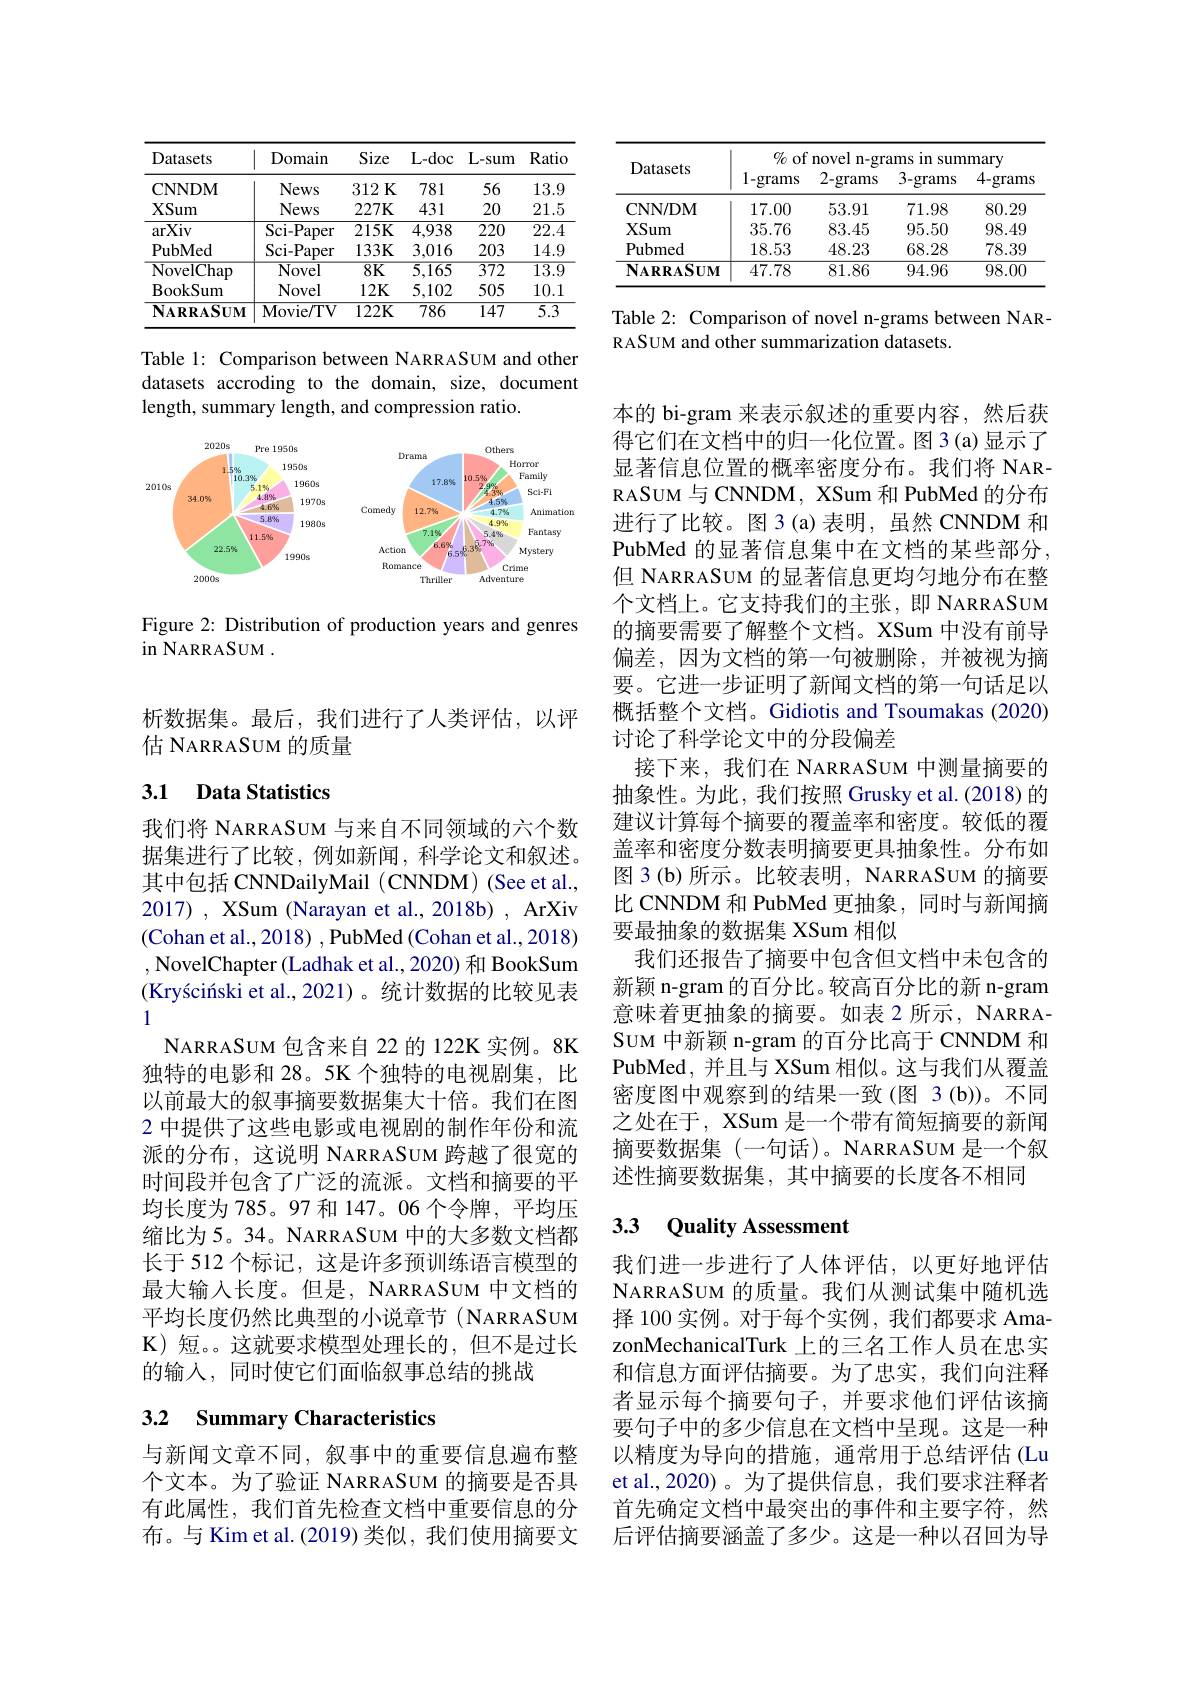
<table>
	<tbody>
		<tr>
			<th>Datasets</th>
			<th>Domain</th>
			<th>Size</th>
			<th>$L-doc$</th>
			<th>$L-sum$</th>
			<th>Ratio</th>
		</tr>
		<tr>
			<td>CNNDM</td>
			<td>News</td>
			<td>$312\textbf{K}$</td>
			<td>781</td>
			<td>56</td>
			<td>13.9</td>
		</tr>
		<tr>
			<td>XSum</td>
			<td>News</td>
			<td>$227K$</td>
			<td>431</td>
			<td>20</td>
			<td>21.5</td>
		</tr>
		<tr>
			<td>arXiv</td>
			<td>Sci- Paper</td>
			<td>$215K$</td>
			<td>4,938</td>
			<td>220</td>
			<td>$\overline{22.4}$</td>
		</tr>
		<tr>
			<td>PubMed</td>
			<td>Sci- Paper</td>
			<td>$133K$</td>
			<td>3,016</td>
			<td>203</td>
			<td>14.9</td>
		</tr>
		<tr>
			<td>$\overline{\mathrm{NovelChap}}$</td>
			<td>$\overline{\mathrm{Novel}}$</td>
			<td>$\overline{8K}$</td>
			<td>$\overline{5,165}$</td>
			<td>$\overline{372}$</td>
			<td>$\overline{13.9}$</td>
		</tr>
		<tr>
			<td>BookSum</td>
			<td>Novel</td>
			<td>$12K$</td>
			<td>5,102</td>
			<td>505</td>
			<td>10.1</td>
		</tr>
		<tr>
			<td>$\mathbf{NARRASUM}$</td>
			<td>$\mathbf{Movie/TV}$</td>
			<td>$122K$</td>
			<td>786</td>
			<td>147</td>
			<td>$\overline{5.3}$</td>
		</tr>
	</tbody>
</table>

Table 1: Comparison between NARRASUM and other datasets accroding to the domain, size, document length, summary length, and compression ratio.

<FigureHere>

Figure 2: Distribution of production years and genres
$\operatorname{in}$NARRASUM.

析数据集。最后，我们进行了人类评估，以评
估 NARRASUM 的质量

# 3.1 Data Statistics

我们将 NARRASUM 与来自不同领域的六个数据集进行了比较，例如新闻，科学论文和叙述。其中包括 CNNDailyMail (CNNDM) (See et al., 2017), XSum (Narayan et al., 2018b) , ArXiv (Cohan et al., 2018) , PubMed (Cohan et al., 2018) ,NovelChapter(Ladhak et al.,2020) 和 BookSum (Kryściński et al., 2021)。统计数据的比较见表1
NARRASUM 包含来自 22 的 122K 实例。8K 独特的电影和 28。5K 个独特的电视剧集，比以前最大的叙事摘要数据集大十倍。我们在图2 中提供了这些电影或电视剧的制作年份和流派的分布，这说明 NARRASUM 跨越了很宽的时间段并包含了广泛的流派。文档和摘要的平均长度为 785。97 和 147。06 个令牌，平均压缩比为5。34。NARRASUM 中的大多数文档都长于 512 个标记，这是许多预训练语言模型的最大输入长度。但是，NARRASUM 中文档的平均长度仍然比典型的小说章节 (NARRASUM $\mathbf{K})$短。。这就要求模型处理长的，但不是过长的输入，同时使它们面临叙事总结的挑战

# 3.2 Summary Characteristics

与新闻文章不同，叙事中的重要信息遍布整个文本。为了验证 NARRASUM 的摘要是否具有此属性，我们首先检查文档中重要信息的分布。与 Kim et al.(2019) 类似，我们使用摘要文

<table>
	<tbody>
		<tr>
			<th rowspan="2">Datasets</th>
			<th colspan="4">$\%$ of novel n-grams in summary</th>
		</tr>
		<tr>
			<th>1-grams</th>
			<th>2-grams</th>
			<th>3-grams</th>
			<th>4-grams</th>
		</tr>
		<tr>
			<td>CNN/ DM</td>
			<td>17.00</td>
			<td>53.91</td>
			<td>71.98</td>
			<td>80.29</td>
		</tr>
		<tr>
			<td>XSum</td>
			<td>35.76</td>
			<td>83.45</td>
			<td>95.50</td>
			<td>98.49</td>
		</tr>
		<tr>
			<td>Pubmed</td>
			<td>18.53</td>
			<td>48.23</td>
			<td>68.28</td>
			<td>78.39</td>
		</tr>
		<tr>
			<td>$\mathbf{NARRASUM}$</td>
			<td>47.78</td>
			<td>81.86</td>
			<td>94.96</td>
			<td>98.00</td>
		</tr>
	</tbody>
</table>

Table 2: Comparison of novel n-grams between NAR-
RASUM and other summarization datasets.

本的 bi-gram 来表示叙述的重要内容，然后获得它们在文档中的归一化位置。图 3(a)显示了显著信息位置的概率密度分布。我们将 NARRASUM 与 CNNDM, XSum 和 PubMed 的分布进行了比较。图 3(a)表明，虽然 CNNDM 和PubMed 的显著信息集中在文档的某些部分， 但 NARRASUM 的显著信息更均匀地分布在整个文档上。它支持我们的主张，即 NARRASUM 的摘要需要了解整个文档。XSum 中没有前导偏差，因为文档的第一句被删除，并被视为摘要。它进一步证明了新闻文档的第一句话足以概括整个文档。Gidiotis and Tsoumakas (2020) 讨论了科学论文中的分段偏差
接下来，我们在 NARRASUM 中测量摘要的抽象性。为此，我们按照 Grusky et al.(2018) 的建议计算每个摘要的覆盖率和密度。较低的覆盖率和密度分数表明摘要更具抽象性。分布如图 3 (b) 所示。比较表明，NARRASUM 的摘要比 CNNDM 和 PubMed 更抽象，同时与新闻摘要最抽象的数据集 XSum 相似
我们还报告了摘要中包含但文档中未包含的新颖 n-gram 的百分比。较高百分比的新 n-gram 意味着更抽象的摘要。如表 2 所示，NARRASUM 中新颖 n-gram 的百分比高于 CNNDM 和PubMed,并且与 XSum 相似。这与我们从覆盖密度图中观察到的结果一致(图 3(b))。不同之处在于，XSum 是一个带有简短摘要的新闻摘要数据集(一句话)。NARRASUM 是一个叙述性摘要数据集，其中摘要的长度各不相同

# 3.3 Quality Assessment

我们进一步进行了人体评估，以更好地评估NARRASUM 的质量。我们从测试集中随机选择 100 实例。对于每个实例，我们都要求 AmazonMechanicalTurk 上的三名工作人员在忠实和信息方面评估摘要。为了忠实，我们向注释者显示每个摘要句子，并要求他们评估该摘要句子中的多少信息在文档中呈现。这是一种以精度为导向的措施，通常用于总结评估 (Lu et al., 2020)。为了提供信息，我们要求注释者首先确定文档中最突出的事件和主要字符，然后评估摘要涵盖了多少。这是一种以召回为导